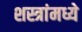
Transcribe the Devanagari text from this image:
शस्त्रांमध्ये